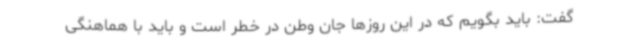
گفت: باید بگویم که در این روزها جان وطن در خطر است و باید با هماهنگی